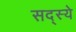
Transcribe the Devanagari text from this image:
सद्स्ये